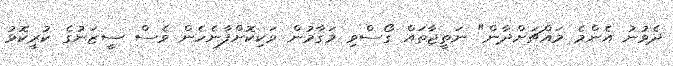
ދެވުނު އެންމެ މައްޗަށްދާން" ނަތީޖާތައް ގޯސްވި މަގާމުން ވަކިކޮށްފާނެހެން ވެސް ސީޒަނުގެ ކުރީކޮޅު